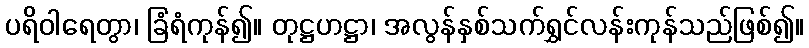
ပရိဝါရေတွာ၊ ခြံရံကုန်၍။ တုဋ္ဌဟဋ္ဌာ၊ အလွန်နှစ်သက်ရွှင်လန်းကုန်သည်ဖြစ်၍။